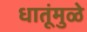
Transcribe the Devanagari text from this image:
धातूंमुळे